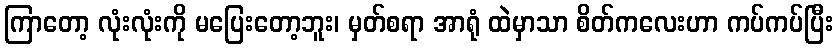
ကြာတော့ လုံးလုံးကို မပြေးတော့ဘူး၊ မှတ်စရာ အာရုံ ထဲမှာသာ စိတ်ကလေးဟာ ကပ်ကပ်ပြီး